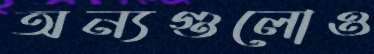
অন্যগুলোও